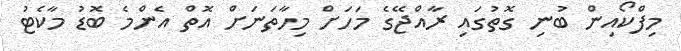
މިފްކޯއިން ބުނި ގޮތުގައި ރާއްޖޭގެ މަހަށް މިހާތަނަށް އޮތް އެންމެ ބޮޑު މާކެޓު